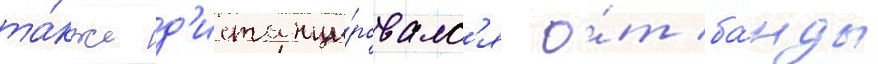
та́кже д'истанци́ровалс'я о́т ба́нды